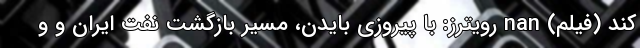
کند (فیلم) nan رویترز: با پیروزی بایدن، مسیر بازگشت نفت ایران و و